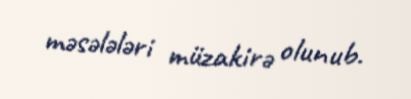
məsələləri müzakirə olunub.